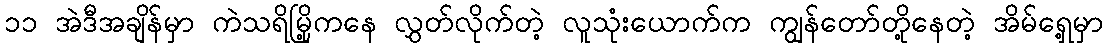
၁၁ အဲဒီအချိန်မှာ ကဲသရိမြို့ကနေ လွှတ်လိုက်တဲ့ လူသုံးယောက်က ကျွန်တော်တို့နေတဲ့ အိမ်ရှေ့မှာ